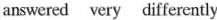
answered very differently